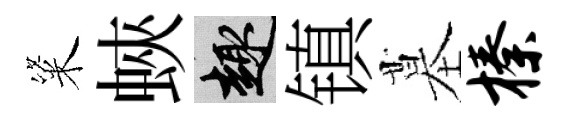
粢蛺趣镇墓榛